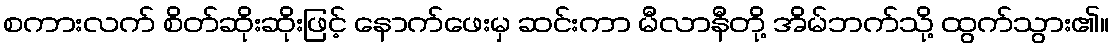
စကားလက် စိတ်ဆိုးဆိုးဖြင့် နောက်ဖေးမှ ဆင်းကာ မီလာနီတို့ အိမ်ဘက်သို့ ထွက်သွား၏။